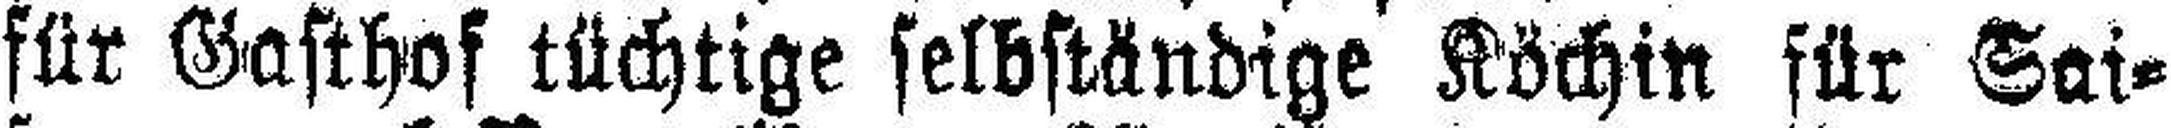
für Gasthof tüchtige selbständige Köchin für Sai¬